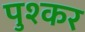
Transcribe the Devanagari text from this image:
पुश्कर